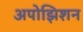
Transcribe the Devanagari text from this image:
अपोझिशन